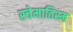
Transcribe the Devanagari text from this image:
स्चेमातिस्म